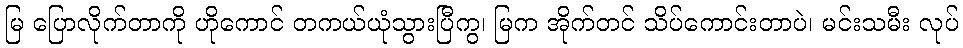
မြ ပြောလိုက်တာကို ဟိုကောင် တကယ်ယုံသွားပြီကွ၊ မြက အိုက်တင် သိပ်ကောင်းတာပဲ၊ မင်းသမီး လုပ်